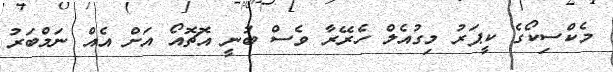
މެކްސިކޯގެ ކީޕަރު މިގުއެލް ހެރޭރާ ވެސް ބުނީ އޮޗޮއޯ އަށް އެއް ނަމްބަރު